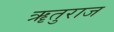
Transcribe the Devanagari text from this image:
ॠतुराज